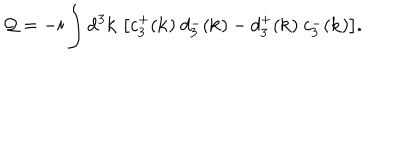
LaTeX: { \cal Q } = - i \int \mathrm { d } ^ { 3 } { \bf k } ~ \big [ c _ { 3 } ^ { + } ( { \bf k } ) ~ d _ { 3 } ^ { - } ( { \bf k } ) - d _ { 3 } ^ { + } ( { \bf k } ) ~ c _ { 3 } ^ { - } ( { \bf k } ) \big ] .